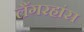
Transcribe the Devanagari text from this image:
लैंगरहांस